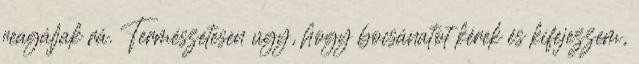
reagáljak rá. Természetesen úgy, hogy bocsánatot kérek és kifejezzem,